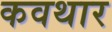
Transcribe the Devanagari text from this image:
कवथार